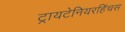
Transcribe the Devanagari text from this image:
ट्रायटेनियरहिंचस